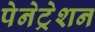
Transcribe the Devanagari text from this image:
पेनेट्रेशन